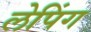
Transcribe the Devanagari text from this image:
लेपिंग